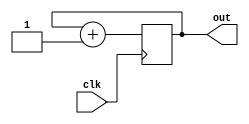
`timescale 1ns / 1ps
//////////////////////////////////////////////////////////////////////////////////
// Company: 
// Engineer: 
// 
// Design Name: 
// Module Name: counter
// Project Name: 
// Target Devices: 
// Tool Versions: 
// Description: 
// 16?
// Dependencies: 
// 
// Revision:
// Revision 0.01 - File Created
// Additional Comments:
// 
//////////////////////////////////////////////////////////////////////////////////
module counter( 
    input clk,
    output reg [3:0] out);
    always @(posedge clk ) begin
        if (clk)
        out=out+1;
    end
endmodule